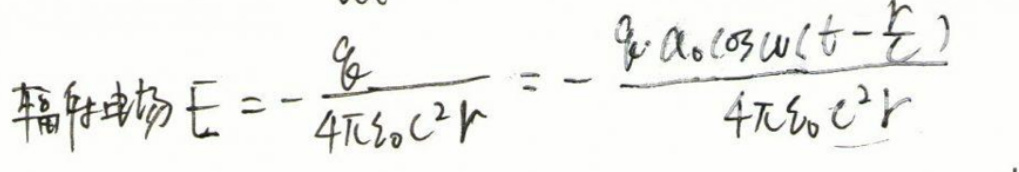
辐射电场 $E = -\frac{\ddot{q}}{4\pi \varepsilon_0 c^2 r}=-\frac{q \omega_0^2 \cos\omega (t - \frac{r}{c})}{4\pi \varepsilon_0 c^2 r}$